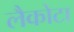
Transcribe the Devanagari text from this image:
लैकोटा